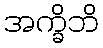
အက္ခိဘိ